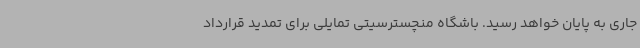
جاری به پایان خواهد رسید. باشگاه منچسترسیتی تمایلی برای تمدید قرارداد